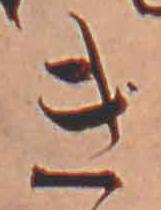
き